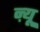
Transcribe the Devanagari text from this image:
ऩ्यू